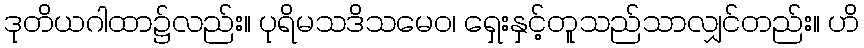
ဒုတိယဂါထာ၌လည်း။ ပုရိမသဒိသမေဝ၊ ရှေးနှင့်တူသည်သာလျှင်တည်း။ ဟိ